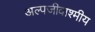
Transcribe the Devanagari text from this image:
अल्पजीवाश्मीय